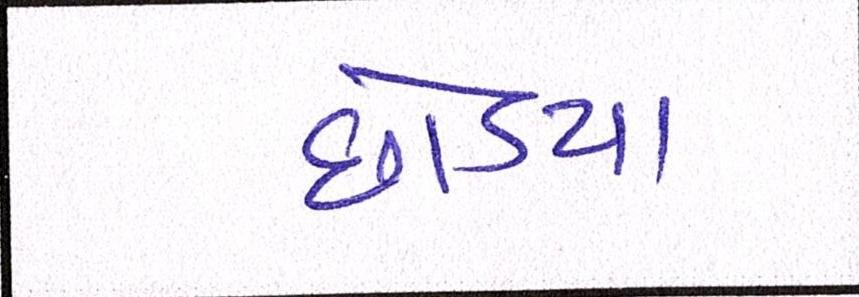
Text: છોડયા